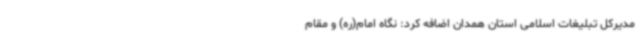
مدیرکل تبلیغات اسلامی استان همدان اضافه کرد: نگاه امام(ره) و مقام